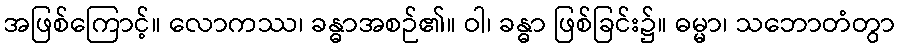
အဖြစ်ကြောင့်။ လောကဿ၊ ခန္ဓာအစဉ်၏။ ဝါ၊ ခန္ဓာ ဖြစ်ခြင်း၌။ ဓမ္မာ၊ သဘောတံတွာ